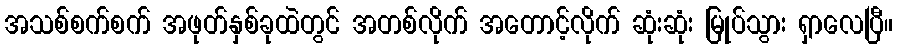
အသစ်စက်စက် အဖုတ်နှစ်ခုထဲတွင် အတစ်လိုက် အတောင့်လိုက် ဆုံးဆုံး မြုပ်သွား ရှာလေပြီ။